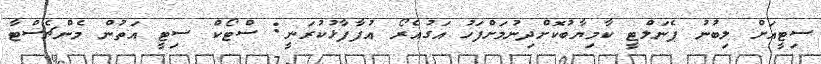
ސިޓީއަށް ލިބުނު ޕެނަލްޓީ ކާމިޔާބުކޮށްދިނުމަށްފަހު އަގުއެރޯ އުފާފާޅުކުރަނީ: ސްޓޯކް ސިޓީ އަތުން މެންޗެސްޓާ